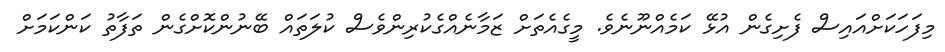
މިފަހަކަށްއައިސް ފެށިގެން އުޅޭ ކަމެއްނޫނެވެ. މީގެއެތަށް ޒަމާނެއްގެކުރިންވެސް ކުލަތައް ބޭނުންކޮށްގެން ތަފާތު ކަންކަމަށް